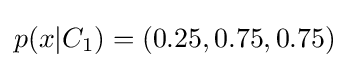
p(x|C_{1})=(0.25,0.75,0.75)